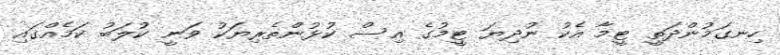
ހިނގަމުންދަތީ ޓީމާ އެކު ނުދިޔަ ޓީމުގެ އިސް ކުޅުންތެރިޔަކު ވަނީ ކުލަބު ކަމެއްގައި